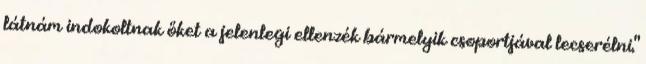
látnám indokoltnak őket a jelenlegi ellenzék bármelyik csoportjával lecserélni."